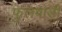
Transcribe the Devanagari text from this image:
फुलवाडी